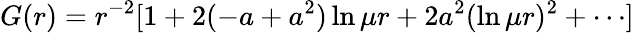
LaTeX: G(r)=r^{-2}[1+2(-a+a^{2})\ln\mu r+2a^{2}(\ln\mu r)^{2}+\cdots]